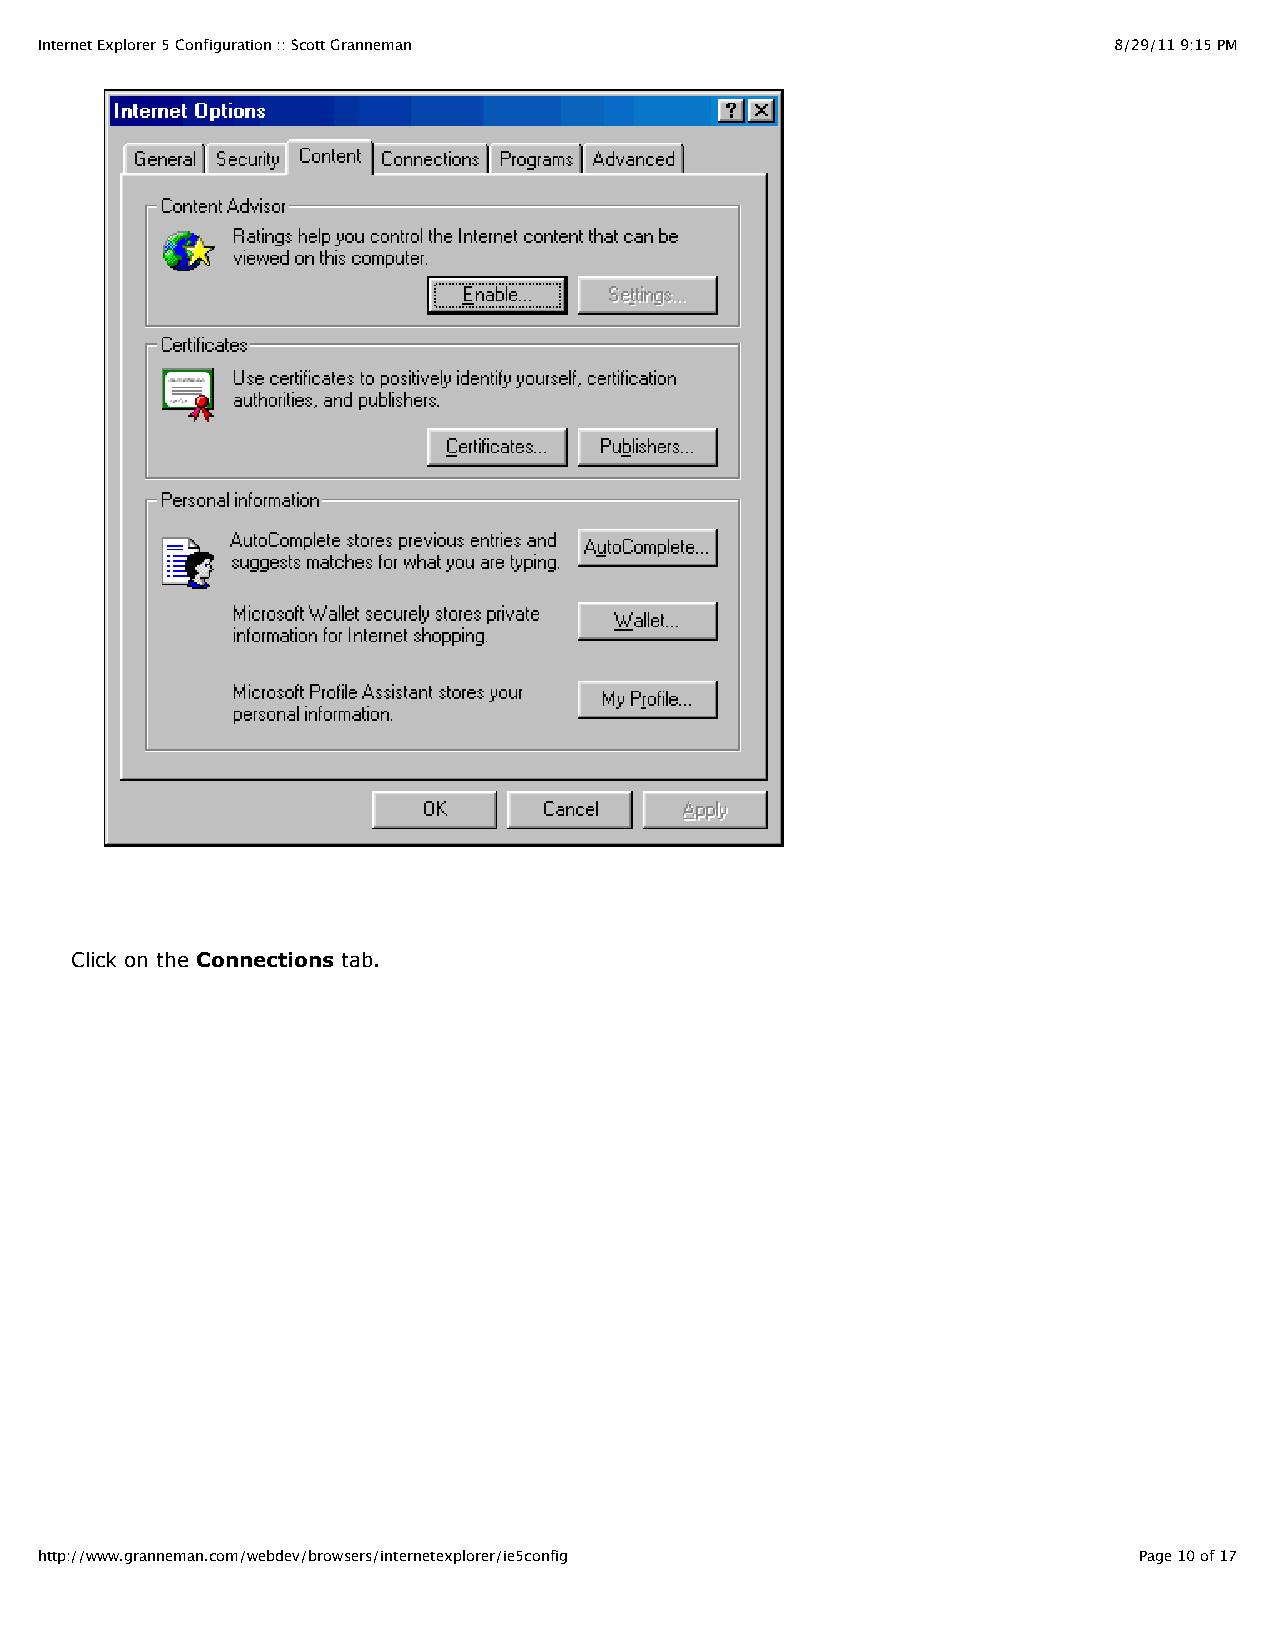
Internet Explorer 5 Configuration :: Scott Granneman                    8/29/11 9:15 PM
 Click on the Connections tab.
 http://www.granneman.com/webdev/browsers/internetexplorer/ie5config      Page 10 of 17